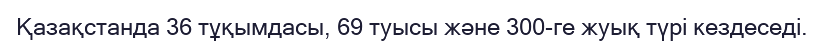
Қазақстанда 36 тұқымдасы, 69 туысы және 300-ге жуық түрі кездеседі.